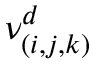
\nu _ { ( i , j , k ) } ^ { d }